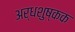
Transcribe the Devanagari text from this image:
अर्धशुष्कक